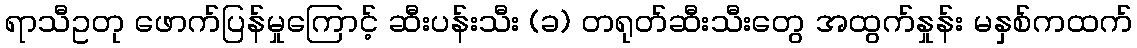
ရာသီဥတု ဖောက်ပြန်မှုကြောင့် ဆီးပန်းသီး (ခ) တရုတ်ဆီးသီးတွေ အထွက်နှုန်း မနှစ်ကထက်